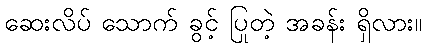
ဆေးလိပ် သောက် ခွင့် ပြုတဲ့ အခန်း ရှိလား။